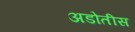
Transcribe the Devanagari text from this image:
अडोतीस